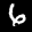
Label: 6